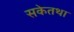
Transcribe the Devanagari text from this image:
सकेतथा